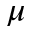
\mu